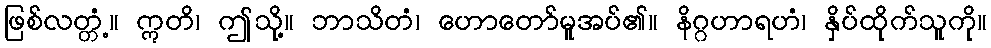
ဖြစ်လတ္တံ့။ ဣတိ၊ ဤသို့။ ဘာသိတံ၊ ဟောတော်မူအပ်၏။ နိဂ္ဂဟာရဟံ၊ နှိပ်ထိုက်သူကို။